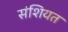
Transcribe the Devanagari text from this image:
संशियत